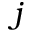
j